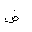
Letter: _dad